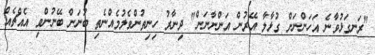
"ރަނގަޅުވާނެ އަހަންނަށް ގުޅާލާ އޭރުން އަންނާނަން" ދިނާރު ހިނިތުންވެލުމެއްނެތި ބުނަން ބޭނުންވި އެއްޗެއް